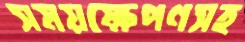
সময়ক্ষেপণসহ